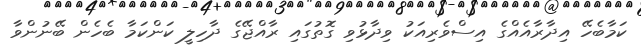
ކަމާބެހޭ އިދާރާއެއްގެ އިސްވެރިއަކު ވިދާޅުވި ގޮތުގައި ރާއްޖޭގެ ދާހިލީ ކަންކަމާ ބެހެން ބޭނުންވާ